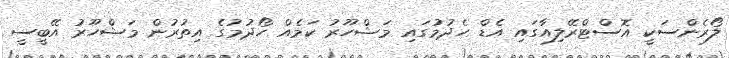
ލޯރެންސަކީ އޮސްޓްރޭލިއާގައި އެޑް ހެދުމުގައި މަޝްހޫރު ކަމެއް ހޯދުމުގެ އިތުރުން މަޝްހޫރު އޭބީސީ